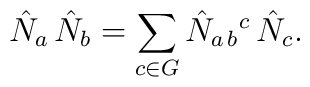
\hat N_{a}\, \hat N_{b} = \sum_{c\in G} \hat N_{a\, b}{}^{c}\, \hat N_{c}.